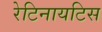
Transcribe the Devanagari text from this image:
रेटिनायटिस